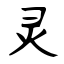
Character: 灵